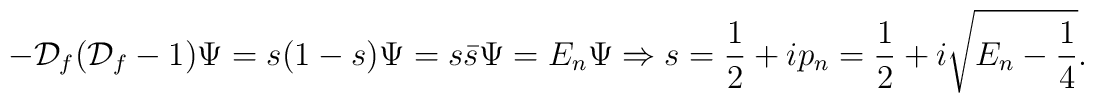
-{\cal D}_f ( {\cal D}_f -1 ) \Psi = s(1-s)\Psi = s {\bar s}\Psi = E_n\Psi \Rightarrow s = {1\over 2}+ i p_n = {1\over 2}+ i \sqrt { E_n -{1\over 4 }}.